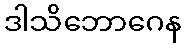
ဒါသိဘောဂေန